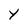
Character: Y